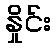
နှိုင်း